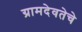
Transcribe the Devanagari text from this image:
ग्रामदेवतेचे